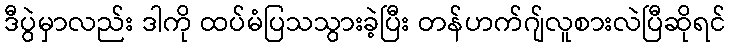
ဒီပွဲမှာလည်း ဒါကို ထပ်မံပြသသွားခဲ့ပြီး တန်ဟက်ဂျ်လူစားလဲပြီဆိုရင်